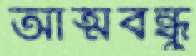
আত্মবন্ধু